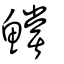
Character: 鱨